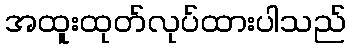
အထူးထုတ်လုပ်ထားပါသည်